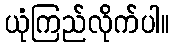
ယုံကြည်လိုက်ပါ။